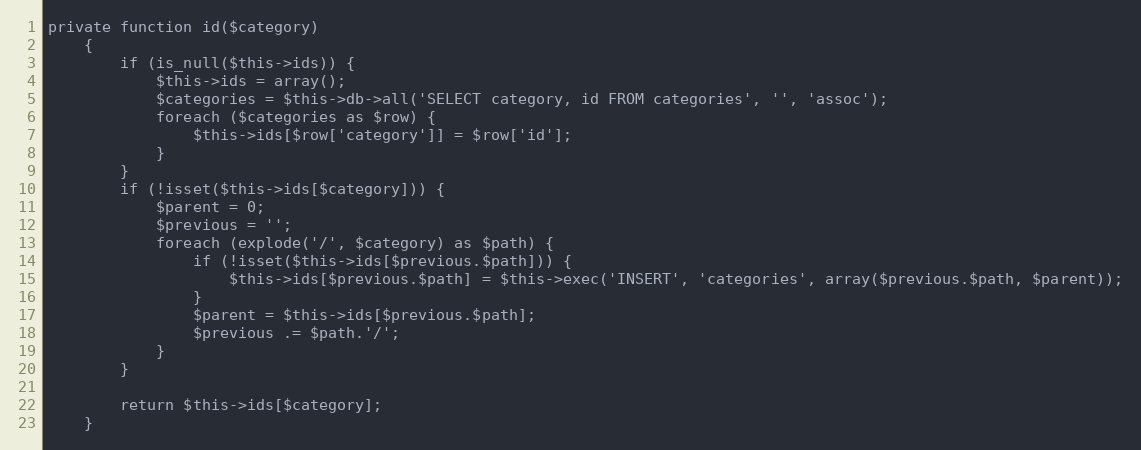
Language: PHP
private function id($category)
    {
        if (is_null($this->ids)) {
            $this->ids = array();
            $categories = $this->db->all('SELECT category, id FROM categories', '', 'assoc');
            foreach ($categories as $row) {
                $this->ids[$row['category']] = $row['id'];
            }
        }
        if (!isset($this->ids[$category])) {
            $parent = 0;
            $previous = '';
            foreach (explode('/', $category) as $path) {
                if (!isset($this->ids[$previous.$path])) {
                    $this->ids[$previous.$path] = $this->exec('INSERT', 'categories', array($previous.$path, $parent));
                }
                $parent = $this->ids[$previous.$path];
                $previous .= $path.'/';
            }
        }

        return $this->ids[$category];
    }